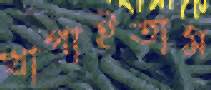
খাপাইতাম